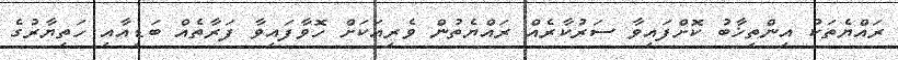
ރައްޔެތަކު އިންތިޚާބު ކޮށްފައިވާ ސަރުކާރެއް ރައްޔެތުން ވެރިއަކަށް ހޮވާފައިވާ ފަރާތެއް ބަޑިއާއި ހަތިޔާރުގެ